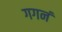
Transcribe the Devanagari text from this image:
गगनं